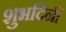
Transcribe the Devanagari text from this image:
शुभदिनीं